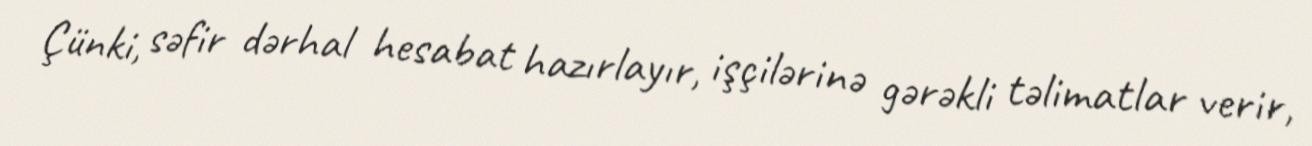
Çünki, səfir dərhal hesabat hazırlayır, işçilərinə gərəkli təlimatlar verir,